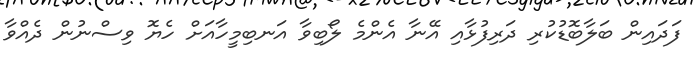
ފަދައިން ބަލާބޮޑުކުރި ދަރިފުޅާއި އޭނާ އެންމެ ލޯބިވާ އަނބިމީހާއަށް ހެޔޮ ވިސްނުން ދެއްވާ